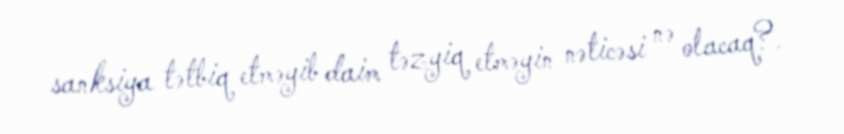
sanksiya tətbiq etməyib daim təzyiq etməyin nəticəsi nə olacaq?.